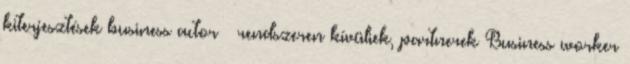
kiterjesztések business actor – rendszeren kívüliek, partnerek Business worker